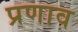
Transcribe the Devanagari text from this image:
प्रणाव